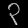
Digit: ၃